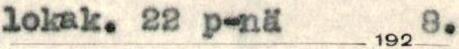
lokak. 22 p-nä 192 8.